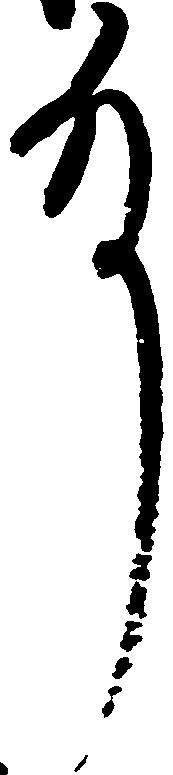
殿